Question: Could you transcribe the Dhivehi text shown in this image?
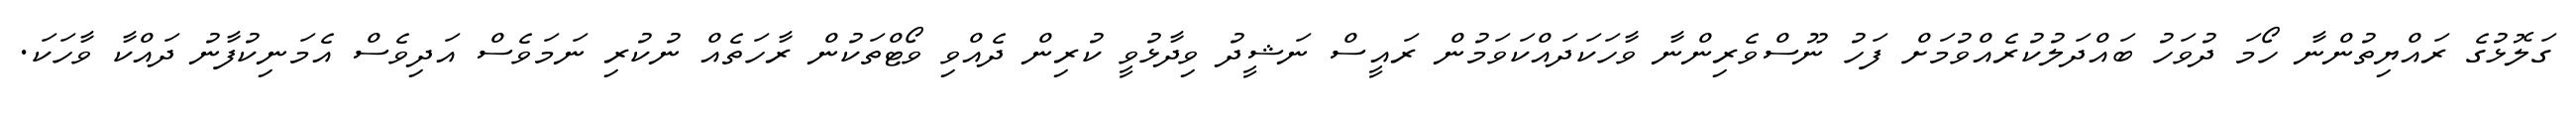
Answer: ގަލޮޅުގެ ރައްޔިތުންނާ ހޯމަ ދުވަހު ބައްދަލުކުރެއްވުމަށް ފަހު ނޫސްވެރިންނާ ވާހަކަދައްކަވަމުން ރައީސް ނަޝީދު ވިދާޅުވީ ކުރިން ދެއްވި ވޯޓްތަކުން ރާހަތެއް ނުކުރި ނަމަވެސް އަދިވެސް އެމަނިކުފާނު ދައްކާ ވާހަކަ.